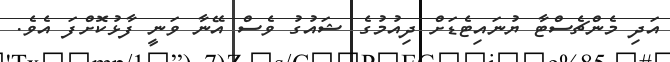
އަދި މެންޗެސްޓާ ޔުނައިޓެޑަށް ދިއުމުގެ ޝައުގު ވެސް އޭނާ ވަނީ ފާޅުކޮށްފަ އެވެ.